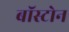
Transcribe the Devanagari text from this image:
बाॅस्टोन